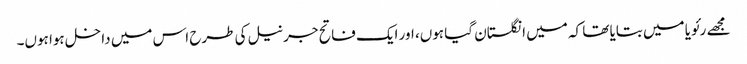
مجھے رئویا میں بتایا تھا کہ میں انگلستان گیا ہوں، اور ایک فاتح جرنیل کی طرح اس میں داخل ہوا ہوں۔